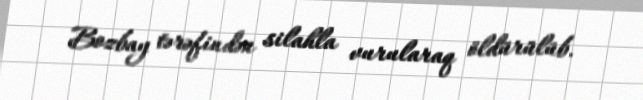
Bozbay tərəfindən silahla vurularaq öldürülüb.